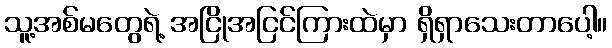
သူ့အစ်မတွေရဲ့ အငြိုအငြင်ကြားထဲမှာ ရှိရှာသေးတာပေါ့။